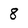
Character: 8